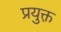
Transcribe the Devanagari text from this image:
प्रयुक्त़